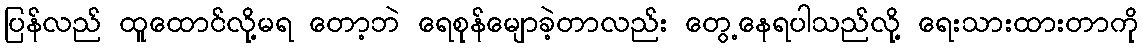
ပြန်လည် ထူထောင်လို့မရ တော့ဘဲ ရေစုန်မျောခဲ့တာလည်း တွေ့နေရပါသည်လို့ ရေးသားထားတာကို